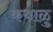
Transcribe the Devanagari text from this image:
कथाळु